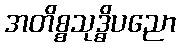
အတိစ္စသုဒ္ဓိပညော